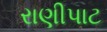
રાણીપાટ